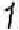
1